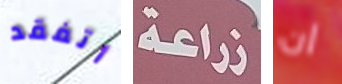
أتفقد زراعة ان